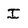
Character: I